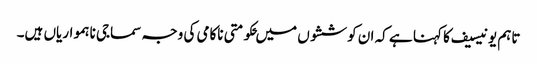
تاہم یونیسیف کا کہنا ہے کہ ان کوششوں میں ‍حکومتی ناکامی کی وجہ سماجی ناہمواریاں ہیں۔